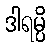
ဒါရမ္ပိ